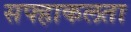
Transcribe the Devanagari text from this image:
सफ्हाकलता